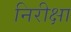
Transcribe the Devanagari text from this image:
निरीक्षा